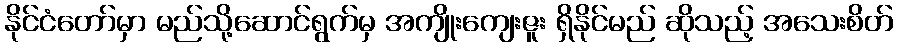
နိုင်ငံတော်မှာ မည်သို့ဆောင်ရွက်မှ အကျိုးကျေးဇူး ရှိနိုင်မည် ဆိုသည့် အသေးစိတ်